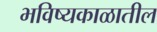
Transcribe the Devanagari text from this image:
भविष्यकाळातील